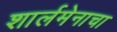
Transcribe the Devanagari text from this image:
शार्लमेनाचा